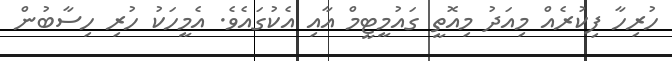
ހުރިހާ ފިކުރެއް މިއަދު މިއޮތީ ގައުމީޓީމް އާއި އެކުގައެވެ. އެމީހަކު ހުރި ހިސާބުން